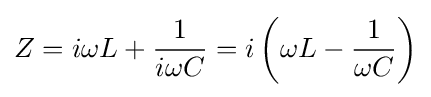
Z=i\omega L+{\frac {1}{i\omega C}}=i\left(\omega L-{\frac {1}{\omega C}}\right)